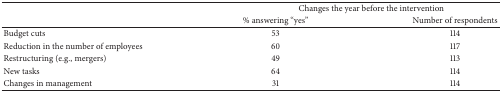
|  | <COLSPAN=2> Changes the year before the intervention |
 |  | % answering “yes” | Number of respondents |
 | --- | --- | --- |
 | Budget cuts | 53 | 114 |
 | Reduction in the number of employees | 60 | 117 |
 | Restructuring (e.g., mergers) | 49 | 113 |
 | New tasks | 64 | 114 |
 | Changes in management | 31 | 114 |